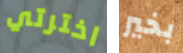
اخترتي بخير